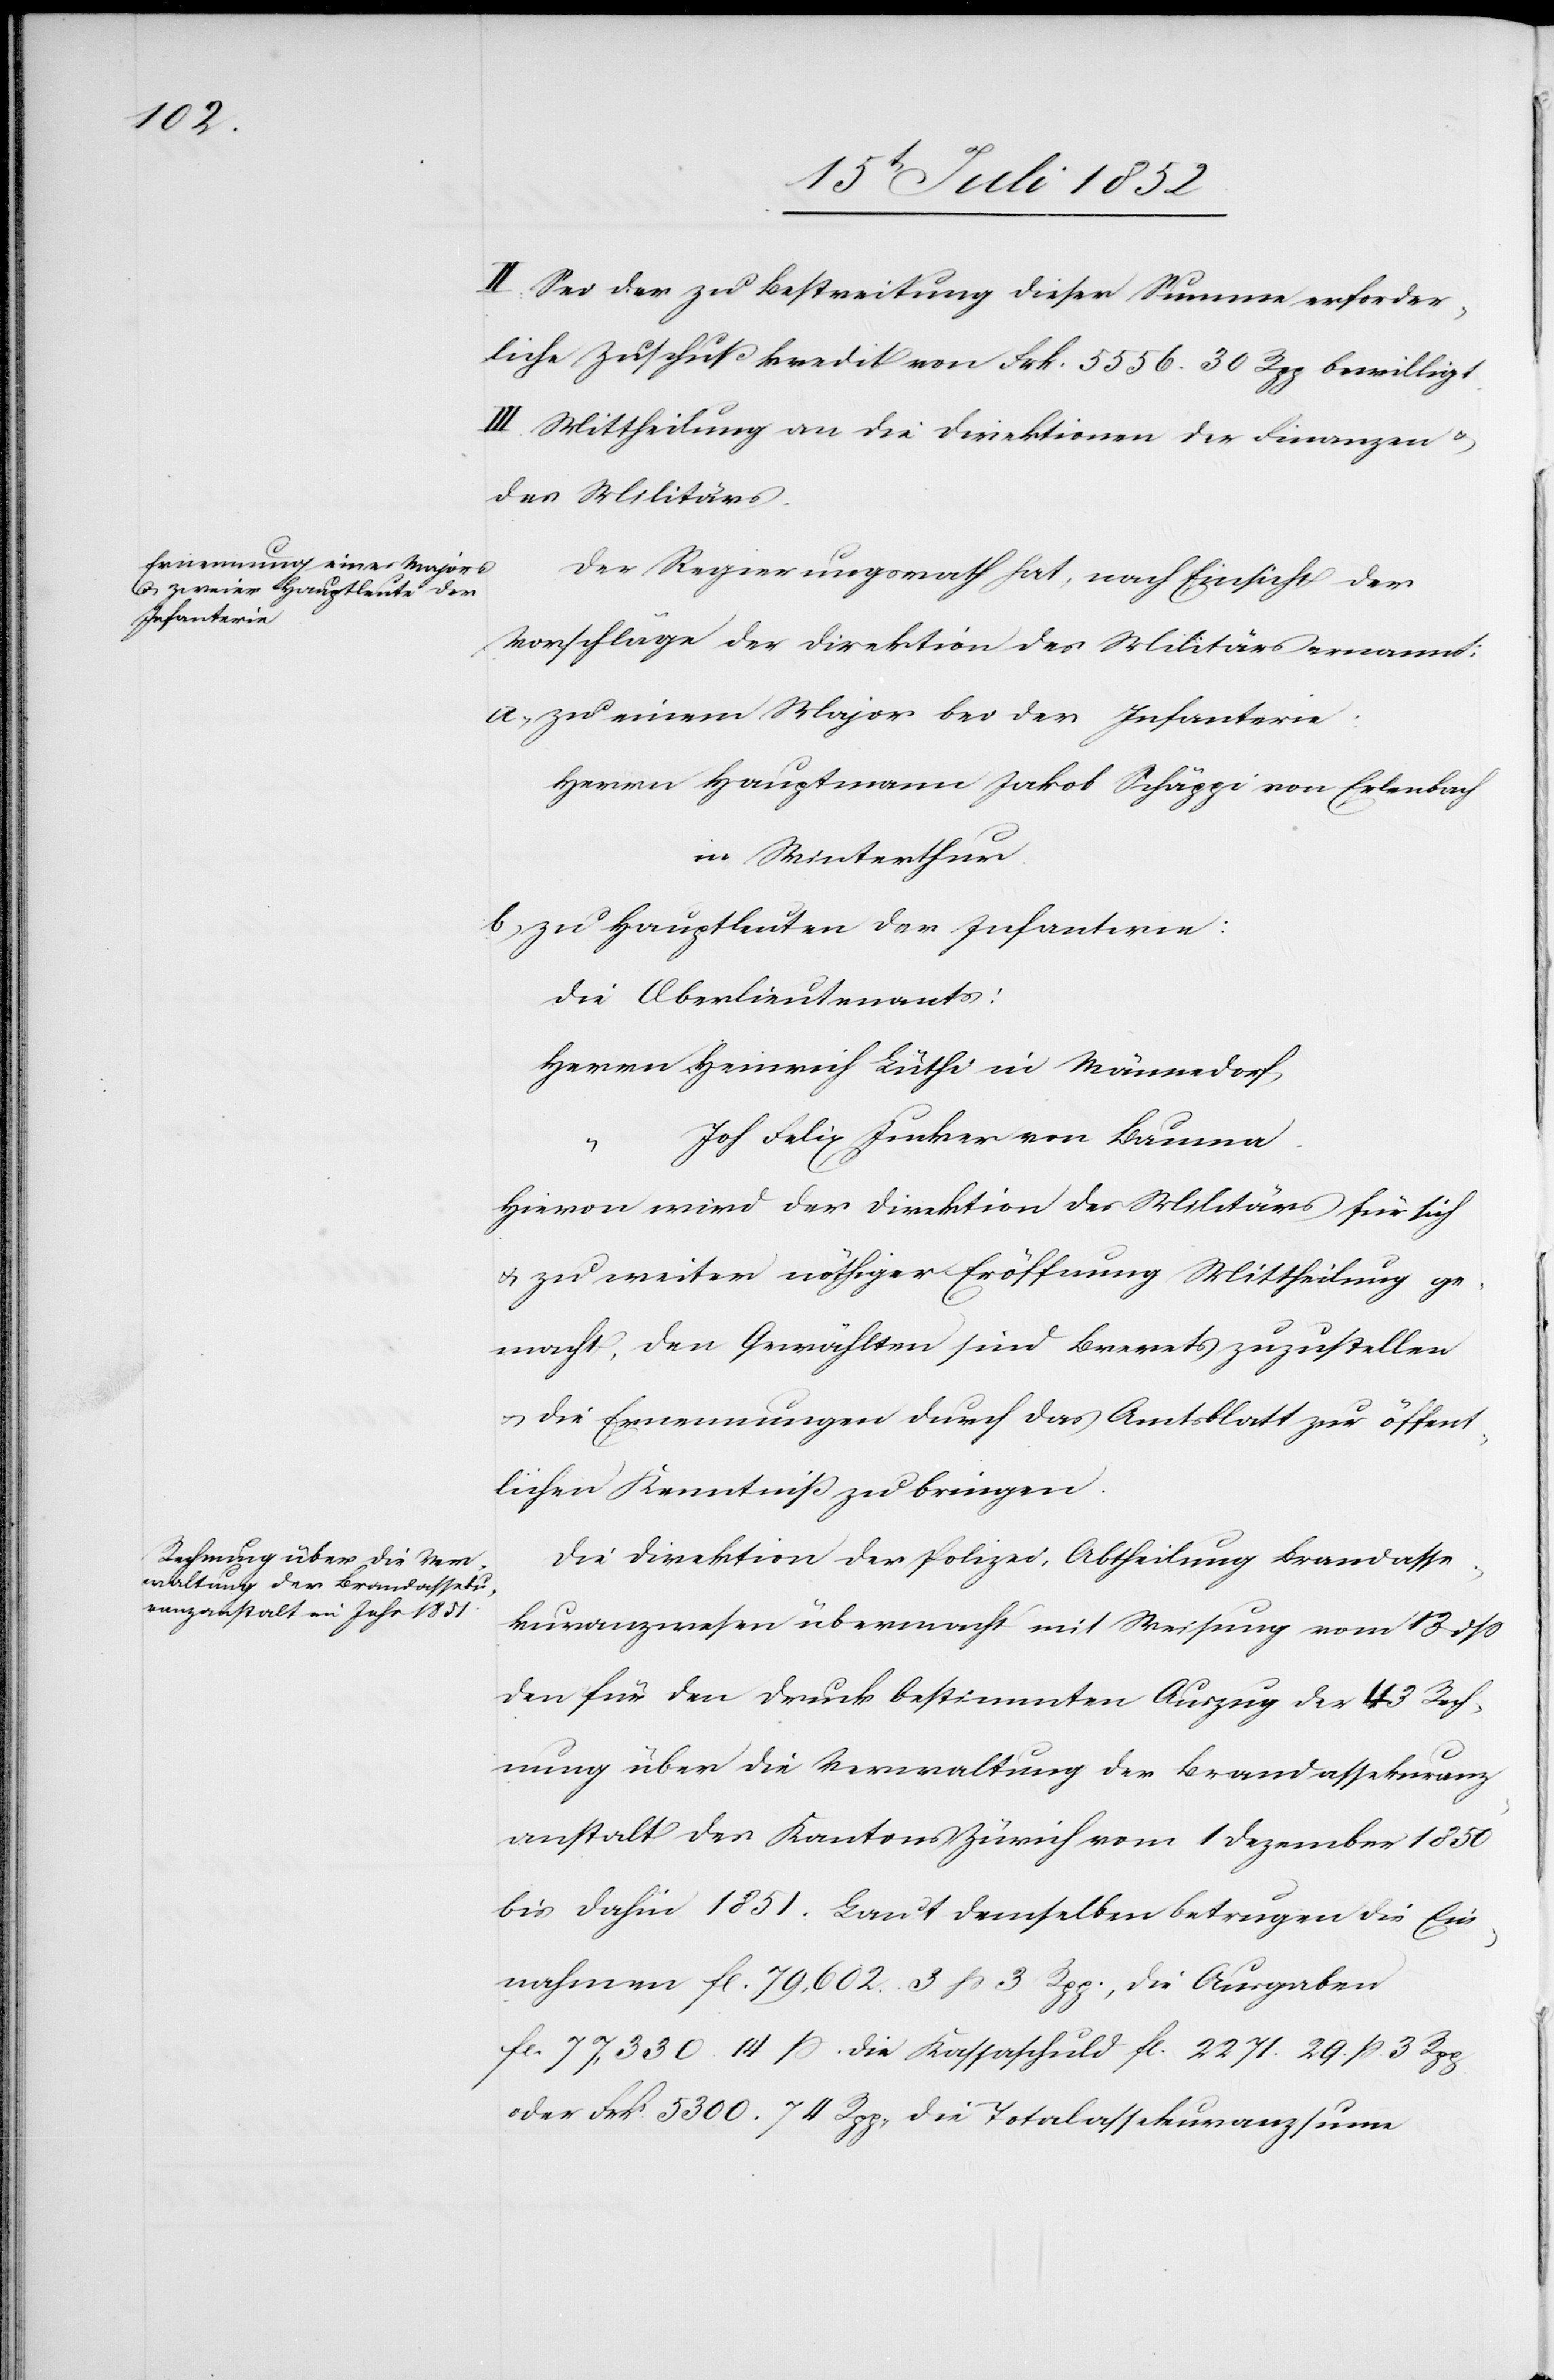
II. Sei der zu Bestreitung dieser Summe erforder¬
liche Zuschußkredit von Frk. 5556. 30 Rpp bewilligt.
III. Mittheilung an die Direktionen der Finanzen &
des Militärs.
Der Regierungsrath hat, nach Einsicht der
Vorschläge der Direktion des Militärs ernannt:
zu einem Major bei der Infanterie:
Herrn Hauptmann Jakob Schäppi von Erlenbach
in Winterthur.
zu Hauptleuten der Infanterie:
die Oberlieutenants:
Herrn Heinrich Lüthi in Männedorf,
Joh Felix Jucker von Bauma.
Hievon wird der Direktion des Militärs für sich
& zu weiter nöthiger Eröffnung Mittheilung ge¬
macht, den Gewählten sind Brevets zuzustellen
& die Ernennungen durch das Amtsblatt zur öffent¬
lichen Kenntniß zu bringen.
Die Direktion der Polizei, Abtheilung Brandasse¬
kuranzwesen übermacht mit Weisung vom 13 dss
den für den Druck bestimmten Auszug der 43 Rech¬
nung über die Verwaltung der Brandassekuranz¬
anstalt des Kantons Zürich vom 1 Dezember 1850
bis dahin 1851. Laut demselben betrugen die Ein¬
nahmen fl. 79,602. 3 ß 3 Rpp., die Ausgaben
fl. 77,330. 14 ß.[,] die Kassaschuld fl. 2271. 29. ß. 3 Rpp
oder Frk. 5300. 74 Rpp., die Totalassekuranzsum[m]e